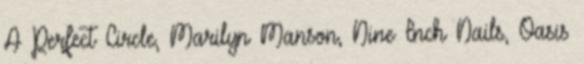
A Perfect Circle, Marilyn Manson, Nine Inch Nails, Oasis